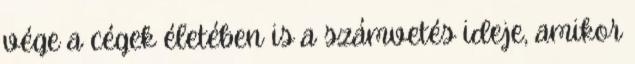
vége a cégek életében is a számvetés ideje, amikor